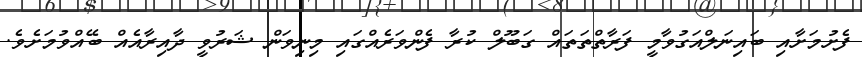
ފެށުމަށާއި ބައިނަލްއަގުވާމީ ފަރާތްތަތައް ގަބޫލް ކުރާ ފެންވަރެއްގައި މިނިވަން ޝަރުވީ ދާއިރާއެއް ބޭއްވުމަށެވެ.